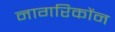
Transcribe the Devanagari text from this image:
नागरिकोंन